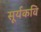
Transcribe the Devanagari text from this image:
सूर्यकवि